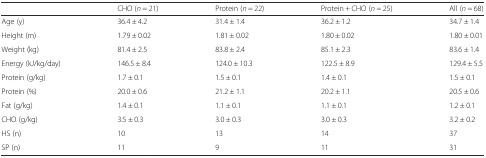
|  | CHO (n = 21) | Protein (n = 22) | Protein + CHO (n = 25) | All (n = 68) |
 | --- | --- | --- | --- | --- |
 | Age (y) | 36.4 ± 4.2 | 31.4 ± 1.4 | 36.2 ± 1.2 | 34.7 ± 1.4 |
 | Height (m) | 1.79 ± 0.02 | 1.81 ± 0.02 | 1.80 ± 0.02 | 1.80 ± 0.01 |
 | Weight (kg) | 81.4 ± 2.5 | 83.8 ± 2.4 | 85.1 ± 2.3 | 83.6 ± 1.4 |
 | Energy (kJ/kg/day) | 146.5 ± 8.4 | 124.0 ± 10.3 | 122.5 ± 8.9 | 129.4 ± 5.5 |
 | Protein (g/kg) | 1.7 ± 0.1 | 1.5 ± 0.1 | 1.4 ± 0.1 | 1.5 ± 0.1 |
 | Protein (%) | 20.0 ± 0.6 | 21.2 ± 1.1 | 20.2 ± 1.1 | 20.5 ± 0.6 |
 | Fat (g/kg) | 1.4 ± 0.1 | 1.1 ± 0.1 | 1.1 ± 0.1 | 1.2 ± 0.1 |
 | CHO (g/kg) | 3.5 ± 0.3 | 3.0 ± 0.3 | 3.0 ± 0.3 | 3.2 ± 0.2 |
 | HS (n) | 10 | 13 | 14 | 37 |
 | SP (n) | 11 | 9 | 11 | 31 |